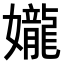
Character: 𫲘